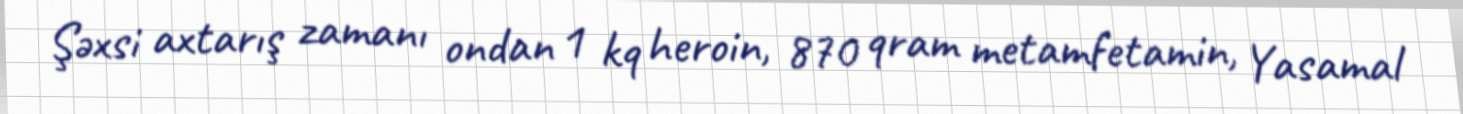
Şəxsi axtarış zamanı ondan 1 kq heroin, 870 qram metamfetamin, Yasamal